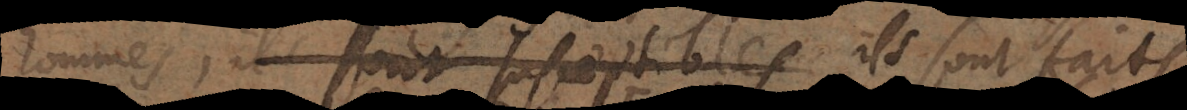
hommes, ils sont susceptibles ils sont faits